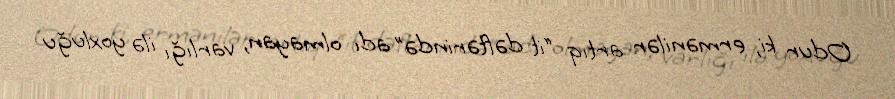
Odur ki, ermənilər artıq “it dəftərində” adı olmayan, varlığı ilə yoxluğu